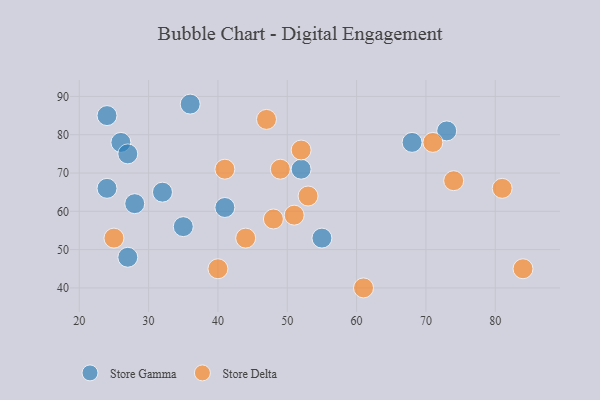
{"axis": {"x": "GDP", "y": "Life Expectancy"}, "legend": ["Store Delta", "Store Gamma"], "data": [{"x": "28", "y": 62, "type": "Store Gamma"}, {"x": "73", "y": 81, "type": "Store Gamma"}, {"x": "36", "y": 88, "type": "Store Gamma"}, {"x": "26", "y": 78, "type": "Store Gamma"}, {"x": "41", "y": 61, "type": "Store Gamma"}, {"x": "24", "y": 66, "type": "Store Gamma"}, {"x": "52", "y": 71, "type": "Store Gamma"}, {"x": "68", "y": 78, "type": "Store Gamma"}, {"x": "32", "y": 65, "type": "Store Gamma"}, {"x": "35", "y": 56, "type": "Store Gamma"}, {"x": "27", "y": 48, "type": "Store Gamma"}, {"x": "24", "y": 85, "type": "Store Gamma"}, {"x": "27", "y": 75, "type": "Store Gamma"}, {"x": "55", "y": 53, "type": "Store Gamma"}, {"x": "25", "y": 53, "type": "Store Delta"}, {"x": "61", "y": 40, "type": "Store Delta"}, {"x": "49", "y": 71, "type": "Store Delta"}, {"x": "41", "y": 71, "type": "Store Delta"}, {"x": "47", "y": 84, "type": "Store Delta"}, {"x": "40", "y": 45, "type": "Store Delta"}, {"x": "44", "y": 53, "type": "Store Delta"}, {"x": "52", "y": 76, "type": "Store Delta"}, {"x": "53", "y": 64, "type": "Store Delta"}, {"x": "74", "y": 68, "type": "Store Delta"}, {"x": "84", "y": 45, "type": "Store Delta"}, {"x": "81", "y": 66, "type": "Store Delta"}, {"x": "51", "y": 59, "type": "Store Delta"}, {"x": "48", "y": 58, "type": "Store Delta"}, {"x": "71", "y": 78, "type": "Store Delta"}]}